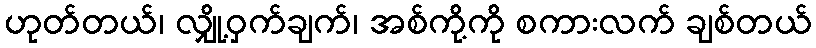
ဟုတ်တယ်၊ လျှို့ဝှက်ချက်၊ အစ်ကို့ကို စကားလက် ချစ်တယ်